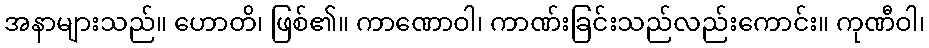
အနာများသည်။ ဟောတိ၊ ဖြစ်၏။ ကာဏောဝါ၊ ကာဏ်းခြင်းသည်လည်းကောင်း။ ကုဏီဝါ၊